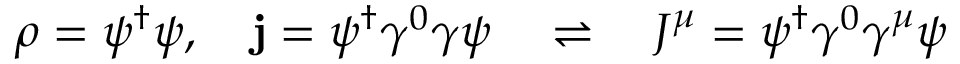
\rho = \psi ^ { \dagger } \psi , \quad \mathbf { j } = \psi ^ { \dagger } \gamma ^ { 0 } { \boldsymbol { \gamma } } \psi \quad \rightleftharpoons \quad J ^ { \mu } = \psi ^ { \dagger } \gamma ^ { 0 } \gamma ^ { \mu } \psi